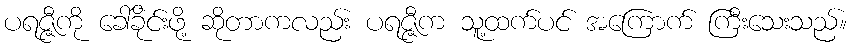
ပရဇ္ဇီကို ခေါ်ခိုင်းဖို့ ဆိုတာကလည်း ပရဇ္ဇီက သူ့ထက်ပင် အကြောက် ကြီးသေးသည်။